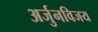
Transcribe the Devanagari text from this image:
अर्जुनविजय